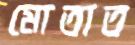
মোতাত